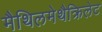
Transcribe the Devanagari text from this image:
मैथिलमेथैक्रिलेट